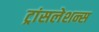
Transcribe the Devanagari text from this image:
ट्रांसलेशन्स